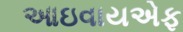
આઇવાયએફ